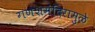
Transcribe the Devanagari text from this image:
गणेशमंदिरामुळे